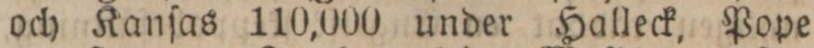
och Kanſas 110,000 under Halleck, Pope